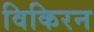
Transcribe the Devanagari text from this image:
विकिरन